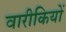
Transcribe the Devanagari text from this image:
वारीकियों